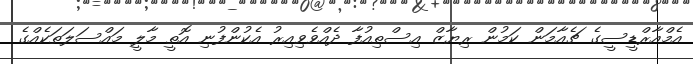
އެމްއާރްޑީސީގެ ޗެއާމަން ކަމުން ރިޔާޒް އިސްތިއުފާ ދެއްވެވިއިރު އެކުންފުނި އޮތީ މާލީ މައްސަލަތަކެއްގެ